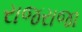
રાજરાજા